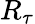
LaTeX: R_{\tau}